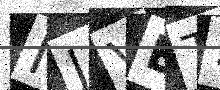
Text: IJVET1